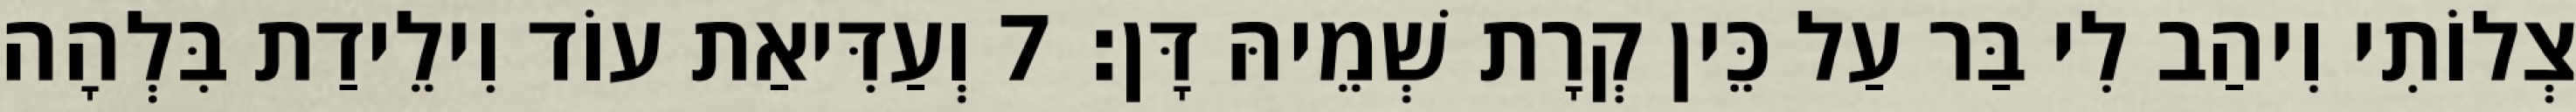
צְלוֹתִי וִיהַב לִי בַּר עַל כֵּין קְרָת שְׁמֵיהּ דָּן׃ 7 וְעַדִּיאַת עוֹד וִילֵידַת בִּלְהָה